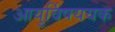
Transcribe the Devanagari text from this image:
आयुर्विषययक